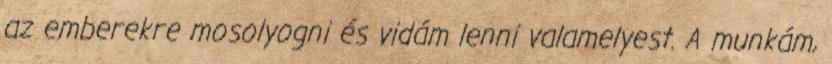
az emberekre mosolyogni és vidám lenni valamelyest. A munkám,